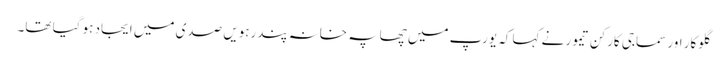
گلوکار اور سماجی کارکن تیمور نے کہا کہ یورپ میں چھاپہ خانہ پندرہویں صدی میں ایجاد ہو گیا تھا۔